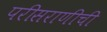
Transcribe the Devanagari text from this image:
परीसराणीची